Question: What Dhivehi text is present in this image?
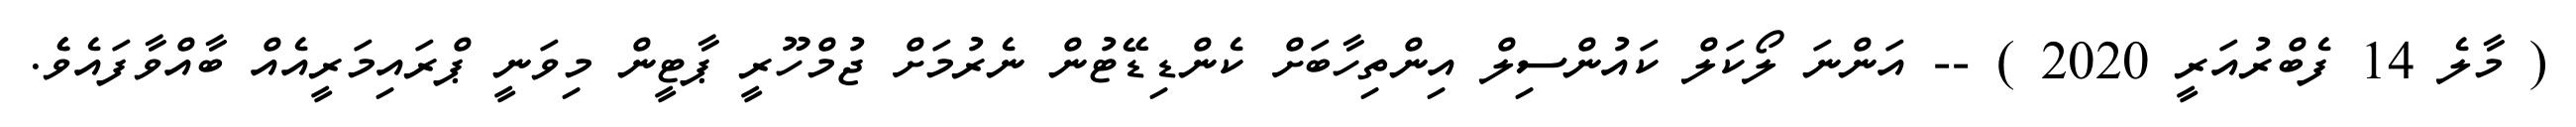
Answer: ( މާލެ 14 ފެބްރުއަރީ 2020 ) -- އަންނަ ލޯކަލް ކައުންސިލް އިންތިހާބަށް ކެންޑިޑޭޓުން ނެރުމަށް ޖުމްހޫރީ ޕާޓީން މިވަނީ ޕްރައިމަރީއެއް ބާއްވާފައެވެެ.